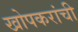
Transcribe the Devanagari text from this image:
खोपकरांची